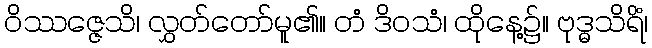
ဝိဿဇ္ဇေသိ၊ လွှတ်တော်မူ၏။ တံ ဒိဝသံ၊ ထိုနေ့၌။ ဗုဒ္ဓသိရိံ၊